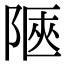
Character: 陿